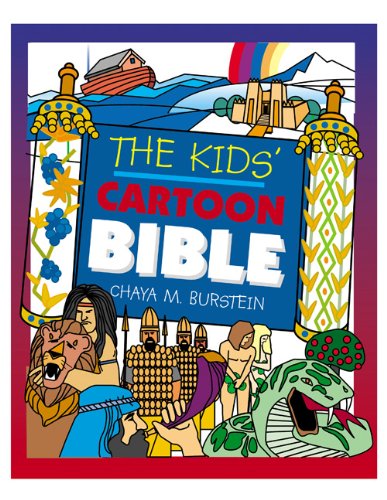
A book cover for The Kids' Cartoon Bible; Chaya M. Burstein; Children's Books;